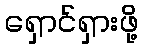
ရှောင်ရှားဖို့